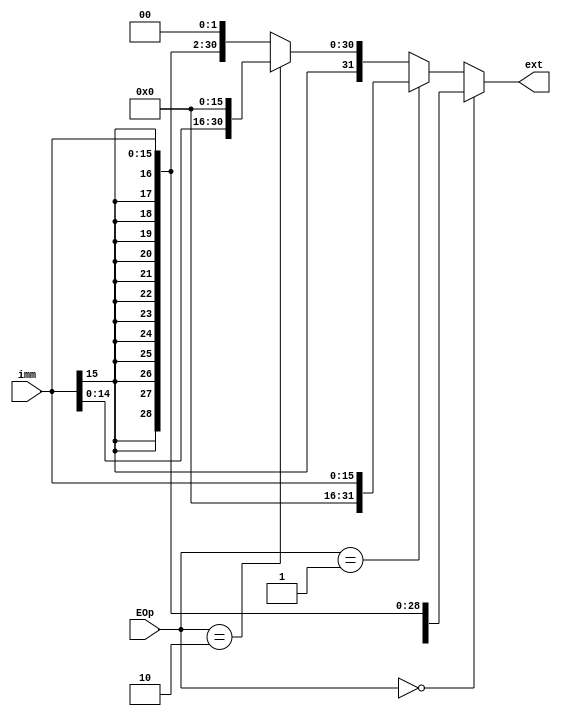

//WARNING:HDLCompiler:327 - "/opt/application/Grader/testfiles/22373362/557049_ext.v" Line 7: Concatenation with unsized literal; will interpret as 32 bits
module ext (
    input [15:0] imm,
    input [1:0] EOp,
    output [31:0] ext
);
wire [31:0] sign_extend = {{16{imm[15]}} , imm};
wire [31:0] zero_extend = {{16{1'b0}} , imm};
wire [31:0] move_high = {imm, {16{1'b0}}};
wire [31:0] left_shift = sign_extend << 2'b10;

assign ext = (EOp == 2'b00) ? sign_extend:
             (EOp == 2'b01) ? zero_extend:
             (EOp == 2'b10) ? move_high:
             left_shift;
endmodule